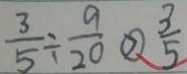
\frac { 3 } { 5 } \div \frac { 9 } { 2 0 } \textcircled { > } \frac { 3 } { 5 }